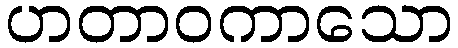
ဟတာဝကာသော